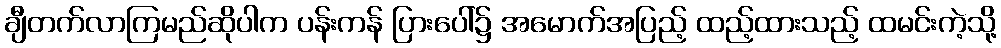
ချီတက်လာကြမည်ဆိုပါက ပန်းကန် ပြားပေါ်၌ အမောက်အပြည့် ထည့်ထားသည့် ထမင်းကဲ့သို့